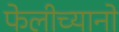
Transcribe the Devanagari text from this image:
फेलीच्यानो